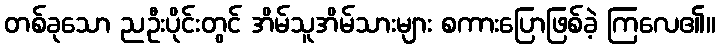
တစ်ခုသော ညဦးပိုင်းတွင် အိမ်သူအိမ်သားများ စကားပြောဖြစ်ခဲ့ ကြလေ၏။